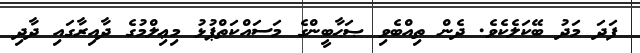
ފަދަ މަދު ބޭކަލެކެވެ. ދެން ތިއްބެވި ޞަޙާބީންގެ މަސައްކަތްޕުޅު މިޢިލްމުގެ ދާއިރާގައި ދާދި